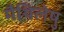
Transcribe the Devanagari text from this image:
मैथिलेषु